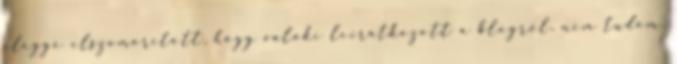
eléggé elszomorított, hogy valaki leiratkozott a blogról, nem tudom,